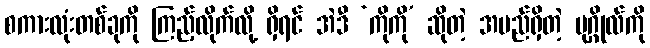
စကားလုံးတစ်ခုကို ကြည့်လိုက်လို့ ရှိရင် အဲဒီ ‘ကိုကို’ ဆိုတဲ့ အမည်ရှိတဲ့ ပုဂ္ဂိုလ်ကို